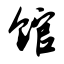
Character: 馆